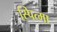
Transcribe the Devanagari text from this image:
स्पित्मा